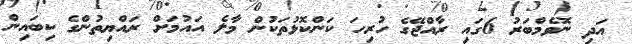
އަދި ނޮވެމްބަރު 6ގައި ރާއްޖޭގެ ހުރިހަ ކަންކޮޅުތަކުން މާލެ އައުމަށް ރައްޔިތުންގެ ކިބައިން